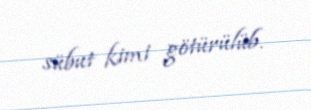
sübut kimi götürülüb.